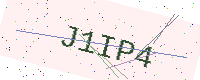
Text: J1IP4